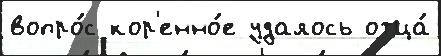
вопро́с кор'енно́е удалось отца́